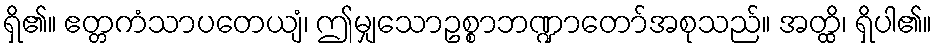
ရှိ၏။ ဧတ္တကံသာပတေယျံ၊ ဤမျှသောဥစ္စာဘဏ္ဍာတော်အစုသည်။ အတ္ထိ၊ ရှိပါ၏။